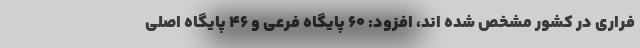
فراری در کشور مشخص شده اند، افزود: ۶۰ پایگاه فرعی و ۴۶ پایگاه اصلی